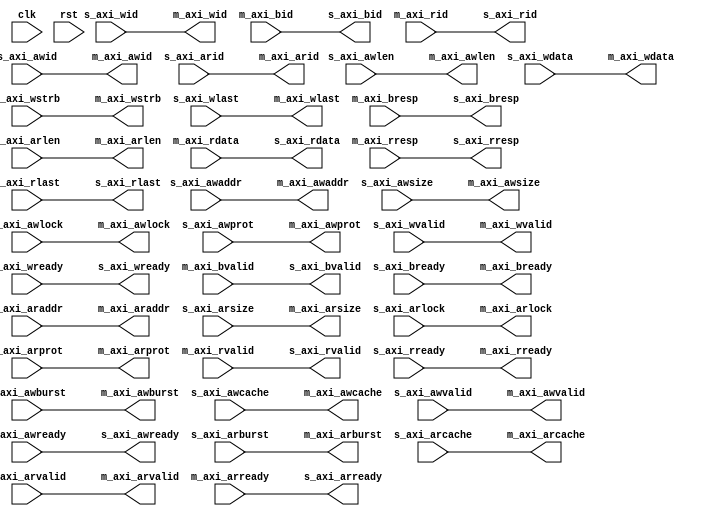
// This program was cloned from: https://github.com/IObundle/iob-lib
// License: MIT License

`timescale 1ns / 1ps

module axi2axi
  #(
    parameter AXI_ADDR_W = 30,
    parameter AXI_DATA_W = 32,
    parameter AXI_ID_W = 4,
    parameter AXI_LEN_W = 4
    )
   (
    //START_IO_TABLE s_axi_s_port
    input [AXI_ID_W-1:0] s_axi_awid, //Address write channel ID
    input [AXI_ADDR_W-1:0] s_axi_awaddr, //Address write channel address
    input [AXI_LEN_W-1:0] s_axi_awlen, //Address write channel burst length
    input [3-1:0] s_axi_awsize, //Address write channel burst size. This signal indicates the size of each transfer in the burst
    input [2-1:0] s_axi_awburst, //Address write channel burst type
    input [2-1:0] s_axi_awlock, //Address write channel lock type
    input [4-1:0] s_axi_awcache, //Address write channel memory type. Transactions set with Normal Non-cacheable Modifiable and Bufferable (0011).
    input [3-1:0] s_axi_awprot, //Address write channel protection type. Transactions set with Normal, Secure, and Data attributes (000).
    input [1-1:0] s_axi_awvalid, //Address write channel valid
    output [1-1:0] s_axi_awready, //Address write channel ready
    input [AXI_ID_W-1:0] s_axi_wid, //Write channel ID
    input [AXI_DATA_W-1:0] s_axi_wdata, //Write channel data
    input [(AXI_DATA_W/8)-1:0] s_axi_wstrb, //Write channel write strobe
    input [1-1:0] s_axi_wlast, //Write channel last word flag
    input [1-1:0] s_axi_wvalid, //Write channel valid
    output [1-1:0] s_axi_wready, //Write channel ready
    output [AXI_ID_W-1:0] s_axi_bid, //Write response channel ID
    output [2-1:0] s_axi_bresp, //Write response channel response
    output [1-1:0] s_axi_bvalid, //Write response channel valid
    input [1-1:0] s_axi_bready, //Write response channel ready
    input [AXI_ID_W-1:0] s_axi_arid, //Address read channel ID
    input [AXI_ADDR_W-1:0] s_axi_araddr, //Address read channel address
    input [AXI_LEN_W-1:0] s_axi_arlen, //Address read channel burst length
    input [3-1:0] s_axi_arsize, //Address read channel burst size. This signal indicates the size of each transfer in the burst
    input [2-1:0] s_axi_arburst, //Address read channel burst type
    input [2-1:0] s_axi_arlock, //Address read channel lock type
    input [4-1:0] s_axi_arcache, //Address read channel memory type. Transactions set with Normal Non-cacheable Modifiable and Bufferable (0011).
    input [3-1:0] s_axi_arprot, //Address read channel protection type. Transactions set with Normal, Secure, and Data attributes (000).
    input [1-1:0] s_axi_arvalid, //Address read channel valid
    output [1-1:0] s_axi_arready, //Address read channel ready
    output [AXI_ID_W-1:0] s_axi_rid, //Read channel ID
    output [AXI_DATA_W-1:0] s_axi_rdata, //Read channel data
    output [2-1:0] s_axi_rresp, //Read channel response
    output [1-1:0] s_axi_rlast, //Read channel last word
    output [1-1:0] s_axi_rvalid, //Read channel valid
    input [1-1:0] s_axi_rready, //Read channel ready

    //START_IO_TABLE m_axi_m_port
    output [AXI_ID_W-1:0] m_axi_awid, //Address write channel ID
    output [AXI_ADDR_W-1:0] m_axi_awaddr, //Address write channel address
    output [AXI_LEN_W-1:0] m_axi_awlen, //Address write channel burst length
    output [3-1:0] m_axi_awsize, //Address write channel burst size. This signal indicates the size of each transfer in the burst
    output [2-1:0] m_axi_awburst, //Address write channel burst type
    output [2-1:0] m_axi_awlock, //Address write channel lock type
    output [4-1:0] m_axi_awcache, //Address write channel memory type. Transactions set with Normal Non-cacheable Modifiable and Bufferable (0011).
    output [3-1:0] m_axi_awprot, //Address write channel protection type. Transactions set with Normal, Secure, and Data attributes (000).
    output [1-1:0] m_axi_awvalid, //Address write channel valid
    input [1-1:0] m_axi_awready, //Address write channel ready
    output [AXI_ID_W-1:0] m_axi_wid, //Write channel ID
    output [AXI_DATA_W-1:0] m_axi_wdata, //Write channel data
    output [(AXI_DATA_W/8)-1:0] m_axi_wstrb, //Write channel write strobe
    output [1-1:0] m_axi_wlast, //Write channel last word flag
    output [1-1:0] m_axi_wvalid, //Write channel valid
    input [1-1:0] m_axi_wready, //Write channel ready
    input [AXI_ID_W-1:0] m_axi_bid, //Write response channel ID
    input [2-1:0] m_axi_bresp, //Write response channel response
    input [1-1:0] m_axi_bvalid, //Write response channel valid
    output [1-1:0] m_axi_bready, //Write response channel ready
    output [AXI_ID_W-1:0] m_axi_arid, //Address read channel ID
    output [AXI_ADDR_W-1:0] m_axi_araddr, //Address read channel address
    output [AXI_LEN_W-1:0] m_axi_arlen, //Address read channel burst length
    output [3-1:0] m_axi_arsize, //Address read channel burst size. This signal indicates the size of each transfer in the burst
    output [2-1:0] m_axi_arburst, //Address read channel burst type
    output [2-1:0] m_axi_arlock, //Address read channel lock type
    output [4-1:0] m_axi_arcache, //Address read channel memory type. Transactions set with Normal Non-cacheable Modifiable and Bufferable (0011).
    output [3-1:0] m_axi_arprot, //Address read channel protection type. Transactions set with Normal, Secure, and Data attributes (000).
    output [1-1:0] m_axi_arvalid, //Address read channel valid
    input [1-1:0] m_axi_arready, //Address read channel ready
    input [AXI_ID_W-1:0] m_axi_rid, //Read channel ID
    input [AXI_DATA_W-1:0] m_axi_rdata, //Read channel data
    input [2-1:0] m_axi_rresp, //Read channel response
    input [1-1:0] m_axi_rlast, //Read channel last word
    input [1-1:0] m_axi_rvalid, //Read channel valid
    output [1-1:0] m_axi_rready, //Read channel ready

    //General Interface Signals (do not remove indentation)
    //START_IO_TABLE gen
    input [1-1:0] clk, //System clock input
    input [1-1:0] rst  //System reset, asynchronous and active high
    );

   assign m_axi_awid = s_axi_awid; //Address write channel ID
   assign m_axi_awaddr = s_axi_awaddr; //Address write channel address
   assign m_axi_awlen = s_axi_awlen; //Address write channel burst length
   assign m_axi_awsize = s_axi_awsize; //Address write channel burst size. This signal indicates the size of each transfer in the burst
   assign m_axi_awburst = s_axi_awburst; //Address write channel burst type
   assign m_axi_awlock = s_axi_awlock; //Address write channel lock type
   assign m_axi_awcache = s_axi_awcache; //Address write channel memory type. Transactions set with Normal Non-cacheable Modifiable and Bufferable (0011).
   assign m_axi_awprot = s_axi_awprot; //Address write channel protection type. Transactions set with Normal, Secure, and Data attributes (000).
   assign m_axi_awvalid = s_axi_awvalid; //Address write channel valid
   assign s_axi_awready = m_axi_awready; //Address write channel ready
   assign m_axi_wid = s_axi_wid; //Write channel ID
   assign m_axi_wdata = s_axi_wdata; //Write channel data
   assign m_axi_wstrb = s_axi_wstrb; //Write channel write strobe
   assign m_axi_wlast = s_axi_wlast; //Write channel last word flag
   assign m_axi_wvalid = s_axi_wvalid; //Write channel valid
   assign s_axi_wready = m_axi_wready; //Write channel ready
   assign s_axi_bid = m_axi_bid; //Write response channel ID
   assign s_axi_bresp = m_axi_bresp; //Write response channel response
   assign s_axi_bvalid = m_axi_bvalid; //Write response channel valid
   assign m_axi_bready = s_axi_bready; //Write response channel ready
   assign m_axi_arid = s_axi_arid; //Address read channel ID
   assign m_axi_araddr = s_axi_araddr; //Address read channel address
   assign m_axi_arlen = s_axi_arlen; //Address read channel burst length
   assign m_axi_arsize = s_axi_arsize; //Address read channel burst size. This signal indicates the size of each transfer in the burst
   assign m_axi_arburst = s_axi_arburst; //Address read channel burst type
   assign m_axi_arlock = s_axi_arlock; //Address read channel lock type
   assign m_axi_arcache = s_axi_arcache; //Address read channel memory type. Transactions set with Normal Non-cacheable Modifiable and Bufferable (0011).
   assign m_axi_arprot = s_axi_arprot; //Address read channel protection type. Transactions set with Normal, Secure, and Data attributes (000).
   assign m_axi_arvalid = s_axi_arvalid; //Address read channel valid
   assign s_axi_arready = m_axi_arready; //Address read channel ready
   assign s_axi_rid = m_axi_rid; //Read channel ID
   assign s_axi_rdata = m_axi_rdata; //Read channel data
   assign s_axi_rresp = m_axi_rresp; //Read channel response
   assign s_axi_rlast = m_axi_rlast; //Read channel last word
   assign s_axi_rvalid = m_axi_rvalid; //Read channel valid
   assign m_axi_rready = s_axi_rready; //Read channel ready

endmodule